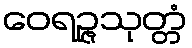
ဝေရဉ္ဇသုတ္တံ